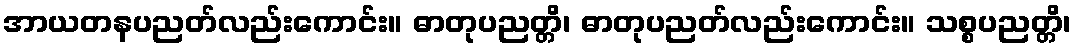
အာယတနပညတ်လည်းကောင်း။ ဓာတုပညတ္တိ၊ ဓာတုပညတ်လည်းကောင်း။ သစ္စပညတ္တိ၊